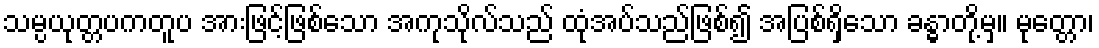
သမ္ပယုတ္တပကတူပ အားဖြင့်ဖြစ်သော အကုသိုလ်သည် ထုံအပ်သည်ဖြစ်၍ အပြစ်ရှိသော ခန္ဓာတို့မှ။ မုတ္တော၊